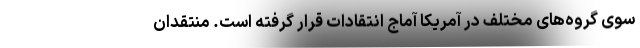
سوی گروه‌های مختلف در آمریکا آماج انتقادات قرار گرفته است. منتقدان